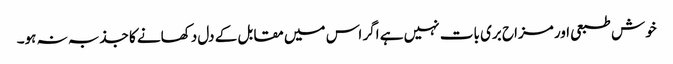
خوش طبعی اور مزاح بری بات نہیں ہے اگر اس میں مقابل کے دل دکھانے کا جذبہ نہ ہو۔